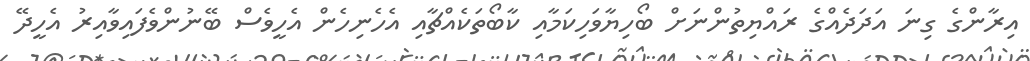
އިރާންގެ ގިނަ އަދަދެއްގެ ރައްޔިތުންނަށް ބޯހިޔާވަހިކަމާއި ކާބޯތަކެއްޗާއި އެހެނިހެން އެހީވެސް ބޭނުންވެފައިވާއިރު އެހީދޭ